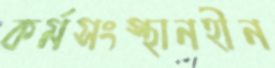
কর্মসংস্থানহীন